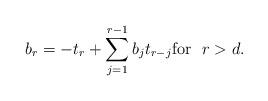
LaTeX: \begin{align*}b_r = -t_r + \sum_{j=1}^{r-1} b_j t_{r-j} \mbox{for}~~ r > d.\end{align*}